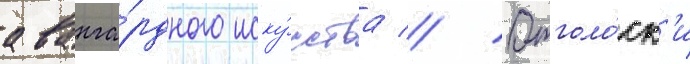
аванга́рдного иску́сства // Отголо́ск'и